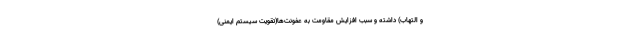
و التهاب) داشته و سبب افزایش مقاومت به عفونت‌ها(تقویت سیستم ایمنی)